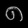
Digit: ၈